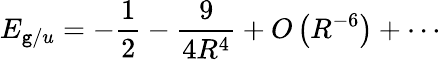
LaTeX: E_{\mathtt{g}/u}=-{\frac{{1}}{{2}}}-{\frac{{9}}{{4R^{4}}}}+O\left(R^{-6}\right)+\cdots